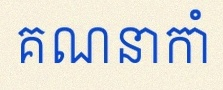
គណនាកាំ